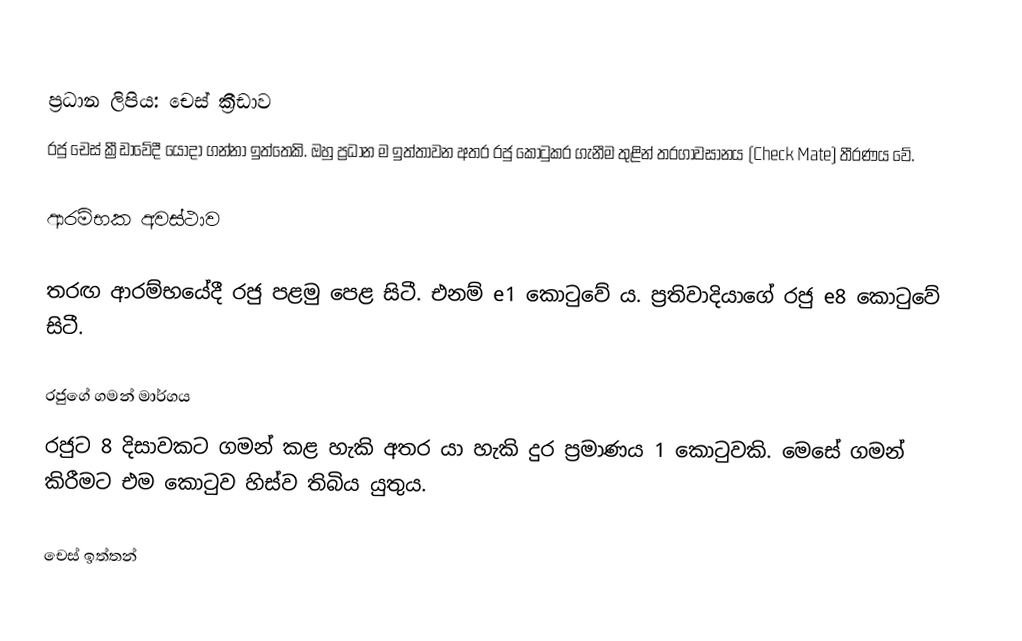
ප්‍රධාන ලිපිය: චෙස් ක්‍රීඩාව
රජු චෙස් ක්‍රීඩාවේදී යොදා ගන්නා ඉත්තෙකි. ඔහු ප්‍රධාන ම ඉත්තාවන අතර රජු කොටුකර ගැනීම තුළින් තරගාවසානය (Check Mate) තීරණය වේ.

ආරම්භක අවස්ථාව

තරඟ ආරම්භයේදී රජු පළමු පෙළ සිටී. එනම් e1 කොටුවේ ය.  ප්‍රතිවාදියාගේ රජු e8 කොටුවේ සිටී.

රජුගේ ගමන් මාර්ගය
රජුට 8 දිසාවකට ගමන් කළ හැකි අතර යා හැකි දුර ප්‍රමාණය 1 කොටුවකි. මෙසේ ගමන් කිරීමට එම කොටුව හිස්ව තිබිය යුතුය.

චෙස් ඉත්තන්